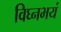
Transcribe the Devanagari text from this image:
विघ्नभयं